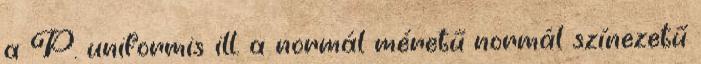
a P. uniformis ill. a normál méretű normál színezetű